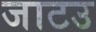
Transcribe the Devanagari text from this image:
जाटउ